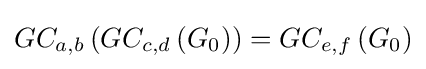
GC_{a,b}\left(GC_{c,d}\left(G_{0}\right)\right)=GC_{e,f}\left(G_{0}\right)